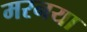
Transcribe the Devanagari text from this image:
मरनया